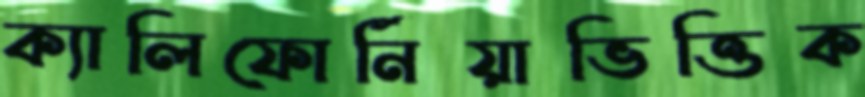
ক্যালিফোর্নিয়াভিত্তিক